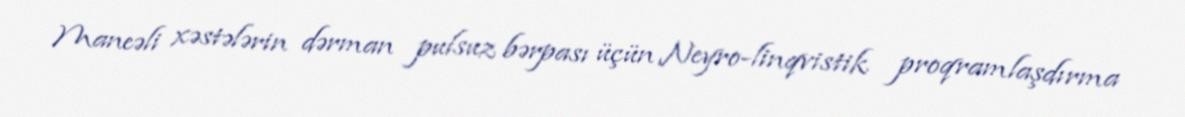
Maneəli xəstələrin dərman pulsuz bərpası üçün Neyro-linqvistik proqramlaşdırma